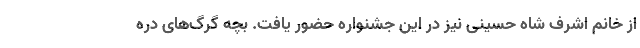
از خانم اشرف شاه حسینی نیز در این جشنواره حضور یافت. بچه گرگ‌های دره